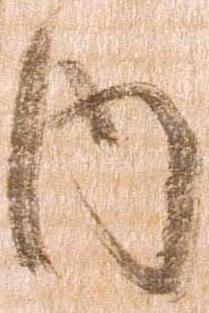
内